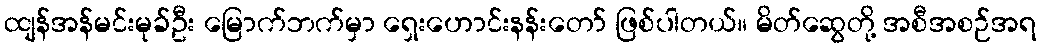
ထျန်အန်မင်းမုခ်ဦး မြောက်ဘက်မှာ ရှေးဟောင်းနန်းတော် ဖြစ်ပါတယ်။ မိတ်ဆွေတို့ အစီအစဉ်အရ